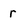
Character: r